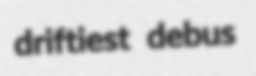
driftiest debus